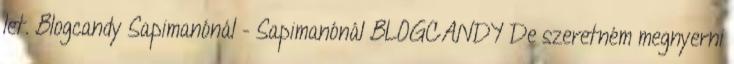
let. Blogcandy Sapimanónál - Sapimanónál BLOGCANDY De szeretném megnyerni